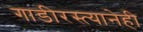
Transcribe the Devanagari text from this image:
गाडीरस्त्यानेही